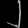
Digit: ၂